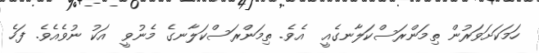
ހަމަކަށަވަރުން ތިމަންރަސްކަލާނގެއީ  އެވެ. ތިމަންރަސްކަލާނގެ މެނުވީ  އަކު ނުވެއެވެ. ފަހެ